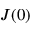
J ( 0 )